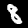
Label: 8